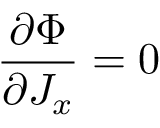
\frac { \partial \Phi } { \partial J _ { x } } = 0